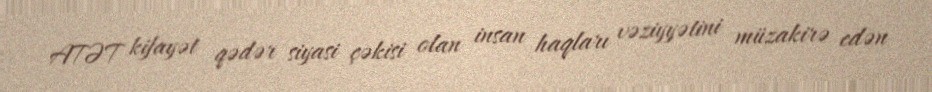
ATƏT kifayət qədər siyasi çəkisi olan insan haqları vəziyyətini müzakirə edən